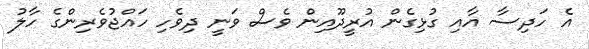
އެ ހަދިސާ އާއި ގުޅިގެން އުރީދޫއިން ވެސް ވަނީ ދިވެހި ހައްޖުވެރިންގެ ހާލު